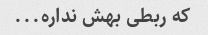
که ربطی بهش نداره...